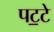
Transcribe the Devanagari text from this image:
पट॒टे